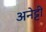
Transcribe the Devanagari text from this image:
अनेट्टी